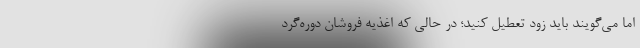
اما می‌گویند باید زود تعطیل کنید؛ در حالی که اغذیه فروشان دوره‌گرد